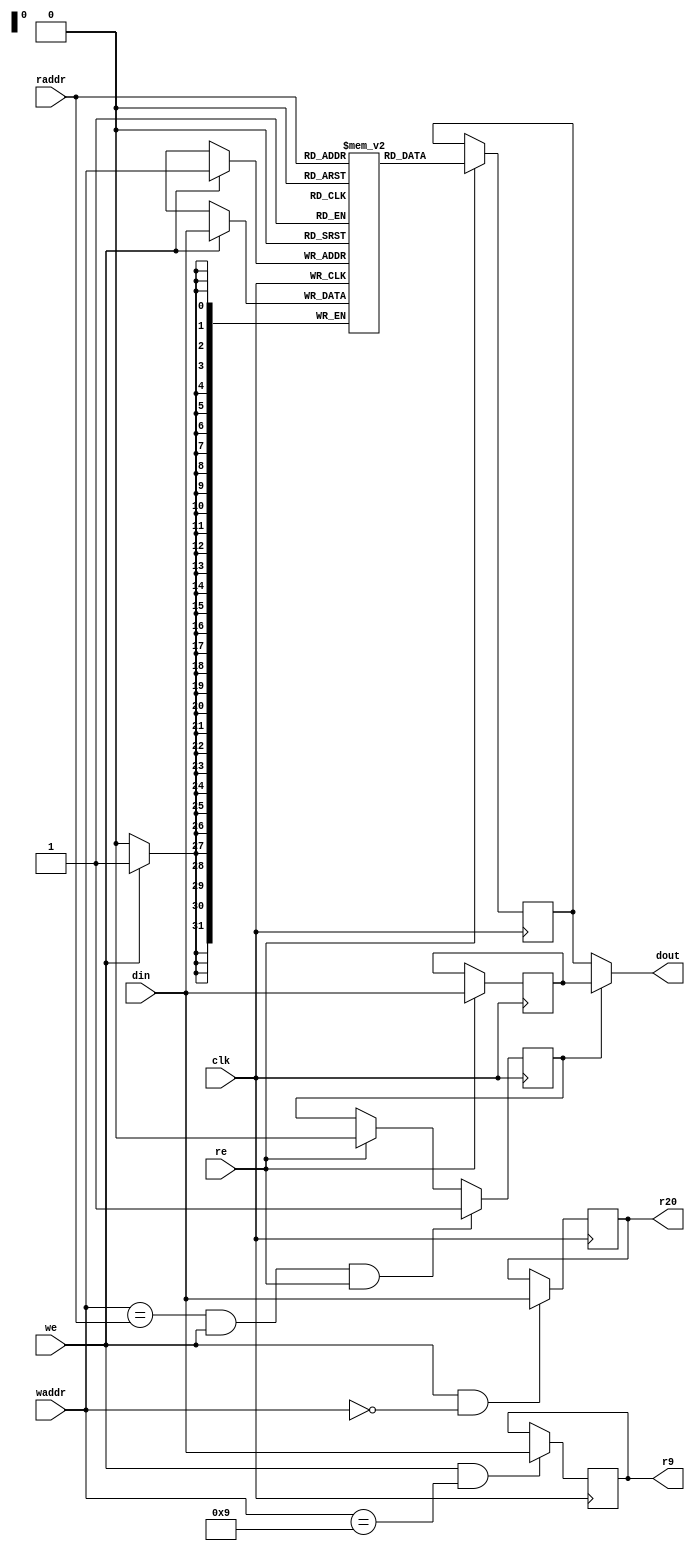
module mor1kx_simple_dpram_sclk
  #(
    parameter ADDR_WIDTH = 32,
    parameter DATA_WIDTH = 32,
    parameter ENABLE_BYPASS = 1
    )
   (
    input 		    clk,
    input [ADDR_WIDTH-1:0]  raddr,
    input 		    re,
    input [ADDR_WIDTH-1:0]  waddr,
    input 		    we,
    input [DATA_WIDTH-1:0]  din,
    output [DATA_WIDTH-1:0] dout,

    output [DATA_WIDTH-1:0] r9, // CSAW
    output [DATA_WIDTH-1:0] r20 // CSAW
    );

   reg [DATA_WIDTH-1:0]     mem[(1<<ADDR_WIDTH)-1:0];
   reg [DATA_WIDTH-1:0]     rdata;
   reg [DATA_WIDTH-1:0]     register9;  // CSAW
   reg [DATA_WIDTH-1:0]     register20; // CSAW

generate
if (ENABLE_BYPASS) begin : bypass_gen
   reg [DATA_WIDTH-1:0]     din_r;
   reg 			    bypass;

   assign dout = bypass ? din_r : rdata;
	
   always @(posedge clk)
     if (re)
       din_r <= din;

   always @(posedge clk)
     if (waddr == raddr && we && re)
       bypass <= 1;
     else if (re)
       bypass <= 0;
end else begin
   assign dout = rdata;
end
endgenerate

   always @(posedge clk) begin
      if (we)
	mem[waddr] <= din;
      if (re)
	rdata <= mem[raddr];
      if (we && waddr == 5'b01001) // CSAW
	register9 <= din;	   // CSAW
      if (we && waddr == 5'h20)    // CSAW
	register20 <= din;         // CSAW
   end

/* CSAW
   always @(posedge clk) begin
	register9 <= mem[5'b1001]; 
   end
*/
   assign r9 = register9;   // CSAW
   assign r20 = register20; // CSAW

endmodule